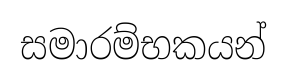
සමාරම්භකයන්